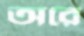
অরে